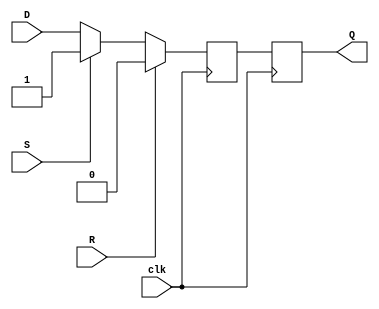
module sr_master_slave_ff (
    input wire D, 
    input wire S, 
    input wire R, 
    input wire clk,
    output reg Q
);

reg D1, D2;

always @ (posedge clk)
begin
    if (R) 
        D1 <= 0; 
    else if (S) 
        D1 <= 1; 
    else 
        D1 <= D;
end

always @ (posedge clk)
begin
    D2 <= D1;
end

assign Q = D2;

endmodule